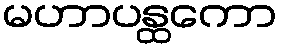
မဟာပန္ထကော